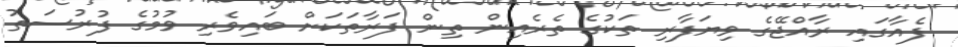
ފެއާގައި ރާއްޖޭގެ ވިޔަފާރި ތަކުގެ ތެރެއިން ތިން ފަރާތަކަށް ބައިވެރި ވުމުގެ ފުރުސަތު